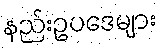
နည်းဥပဒေများ